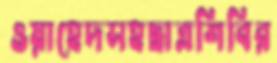
ওয়াহেদসহছাত্রশিবির